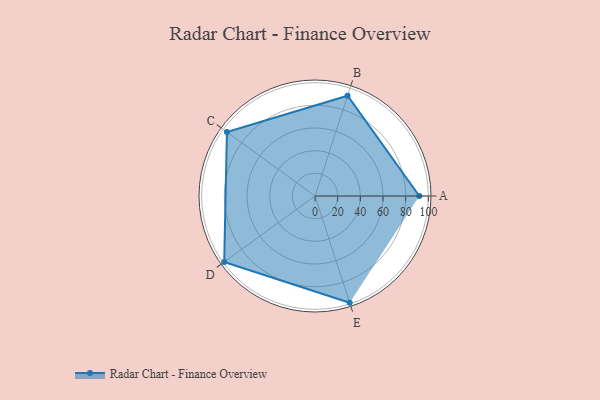
{"axis": {"x": "Skill", "y": "Score"}, "legend": ["Profile"], "data": [{"x": "A", "y": 92.0, "type": "Profile"}, {"x": "B", "y": 93.0, "type": "Profile"}, {"x": "C", "y": 96.0, "type": "Profile"}, {"x": "D", "y": 99, "type": "Profile"}, {"x": "E", "y": 99, "type": "Profile"}]}